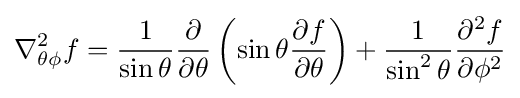
\nabla _{\theta \phi }^{2}f={\frac {1}{\sin \theta }}{\frac {\partial }{\partial \theta }}\left(\sin \theta {\frac {\partial f}{\partial \theta }}\right)+{\frac {1}{\sin ^{2}\theta }}{\frac {\partial ^{2}f}{\partial \phi ^{2}}}